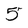
Character: 5